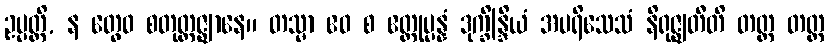
ဥပ္ပတ္တိ, န တွေဝ စတုတ္ထဇ္ဈာနေ။ တသ္မာ ဧဝ စ ဧတ္ထုပ္ပန္နံ ဒုက္ခိန္ဒြိယံ အပရိသေသံ နိရုဇ္ဈတီတိ တတ္ထ တတ္ထ